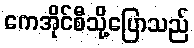
ကေအိုင်စီသို့ပြောသည်